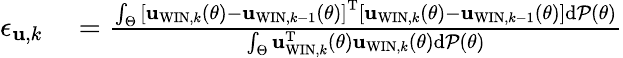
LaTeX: \begin{array}{rl}{{\epsilon_{{\mathbf u},k}}}&{{}=\frac{\int_{\Theta}\left[{{{\mathbf{u}}_{\mathrm{WIN},k}}\left({\theta}\right)-{{\mathbf{u}}_{\mathrm{WIN},k-1}}\left({\theta}\right)}\right]^{\mathrm{T}}\left[{{{\mathbf{u}}_{\mathrm{WIN},k}}\left({\theta}\right)-{{\mathbf{u}}_{\mathrm{WIN},k-1}}\left({\theta}\right)}\right]\mathrm{d}{\cal P}\left(\theta\right)}{\int_{\Theta}{{\mathbf{u}}_{\mathrm{WIN},k}^{\mathrm{T}}}\left({\theta}\right){{\mathbf{u}}_{\mathrm{WIN},k}}\left({\theta}\right)\mathrm{d}{\cal P}\left(\theta\right)}}\end{array}